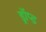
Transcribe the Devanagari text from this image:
ड्रॉप्ड